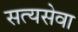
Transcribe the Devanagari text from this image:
सत्यसेवा